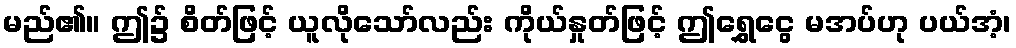
မည်၏။ ဤ၌ စိတ်ဖြင့် ယူလိုသော်လည်း ကိုယ်နှုတ်ဖြင့် ဤရွှေငွေ မအပ်ဟု ပယ်အံ့၊